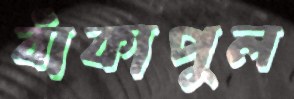
বাঁকাপুল